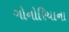
ગોનોરિયાના